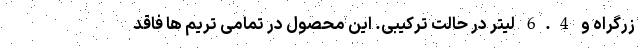
زرگراه و 6.4 لیتر در حالت ترکیبی. این محصول در تمامی تریم ها فاقد